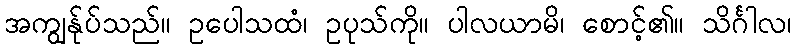
အကျွန်ုပ်သည်။ ဥပေါသထံ၊ ဥပုသ်ကို။ ပါလယာမိ၊ စောင့်၏။ သိင်္ဂါလ၊